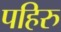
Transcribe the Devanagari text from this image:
पहिरु